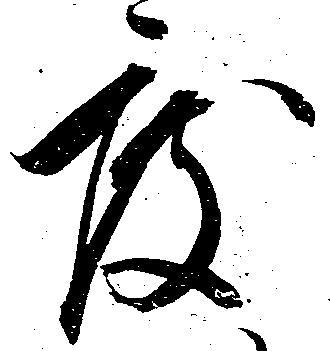
度